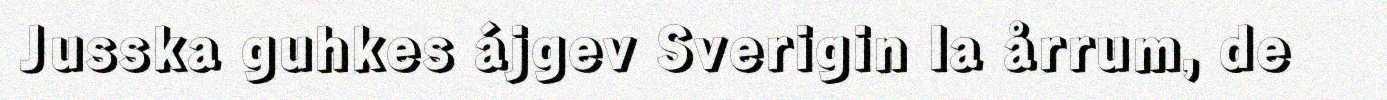
Jusska guhkes ájgev Sverigin la årrum, de